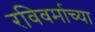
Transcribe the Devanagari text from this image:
रविवर्माच्या